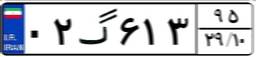
۰۲گ۶۱۳۹۵